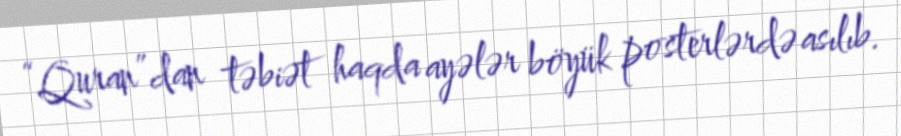
“Quran”dan təbiət haqda ayələr böyük posterlərdə asılıb.